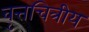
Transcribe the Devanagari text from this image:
वृत्तचित्रीय